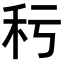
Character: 𥝜